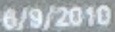
6/9/2010